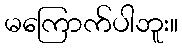
မကြောက်ပါဘူး။